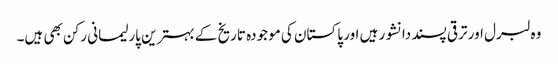
وہ لبرل اور ترقی پسند دانشور ہیں اور پاکستان کی موجودہ تاریخ کے بہترین پارلیمانی رکن بھی ہیں۔